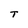
Character: T